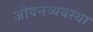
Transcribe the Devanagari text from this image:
जीवनव्यवस्था